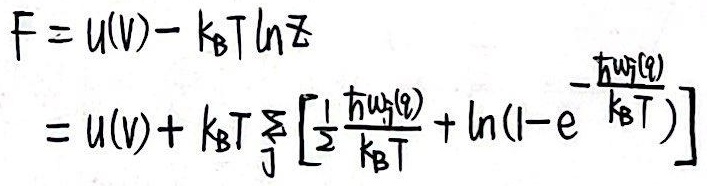
\[
\begin{align*}
F&= U(V)- k_{\text{B}}T\ln Z\\
&=U(V)+ k_{\text{B}}T\sum_{j} \left[\frac{1}{2} \frac{\hbar\omega_{j}(q)}{k_{\text{B}}T}+\ln(1 - e^{-\frac{\hbar\omega_{j}(q)}{k_{\text{B}}T}})\right]
\end{align*}
\]